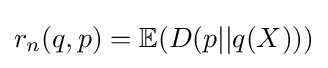
r_{n}(q,p)=\mathbb {E} (D(p||q(X)))